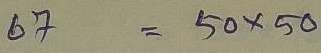
67 = 50 x 50